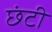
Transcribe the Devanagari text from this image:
छंटी